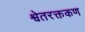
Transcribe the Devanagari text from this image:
श्वेतरक्तकण